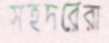
সহদরেরা